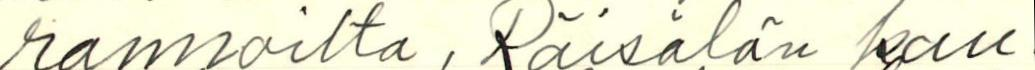
rannoilta, Räisälän kau